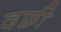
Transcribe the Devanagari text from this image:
दफ़्री